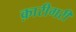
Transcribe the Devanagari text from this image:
क़ारीगरी